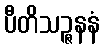
ပီတိသဉ္ဇနနံ